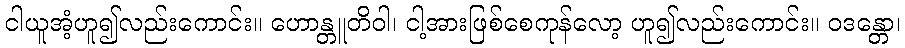
ငါယူအံ့ဟူ၍လည်းကောင်း။ ဟောန္တူတိဝါ၊ ငါ့အားဖြစ်စေကုန်လော့ ဟူ၍လည်းကောင်း။ ဝဒန္တော၊